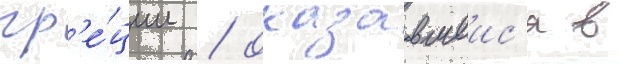
гр'е́ции / оказавшеис'я в